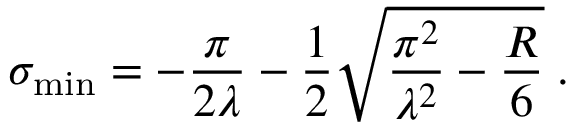
\sigma _ { \mathrm { m i n } } = - \frac { \pi } { 2 \lambda } - \frac { 1 } { 2 } \sqrt { \frac { \pi ^ { 2 } } { \lambda ^ { 2 } } - \frac { R } { 6 } } \; .